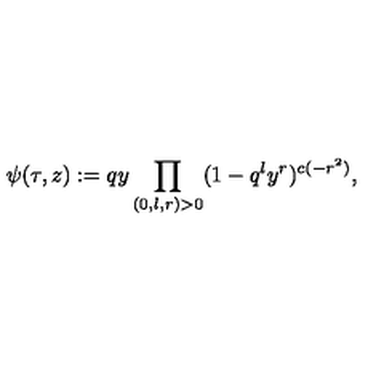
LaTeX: \psi ( \tau , z ) : = q y \prod _ { ( 0 , l , r ) > 0 } ( 1 - q ^ { l } y ^ { r } ) ^ { c ( - r ^ { 2 } ) } ,